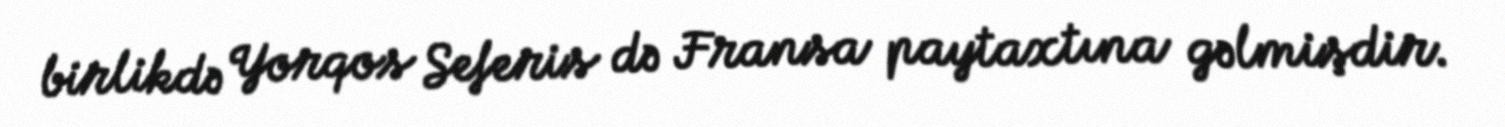
birlikdə Yorqos Seferis də Fransa paytaxtına gəlmişdir.